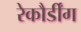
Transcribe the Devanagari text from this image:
रेकौर्डींग